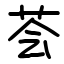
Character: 荟